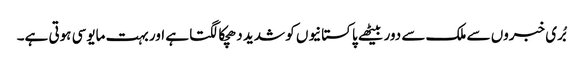
بُری خبروں سے ملک سے دور بیٹھے پاکستانیوں کو شدید دھچکا لگتا ہے اور بہت مایوسی ہوتی ہے۔